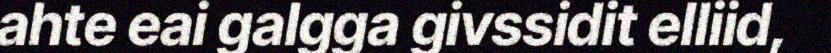
ahte eai galgga givssidit elliid,